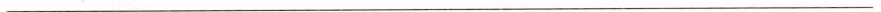
___